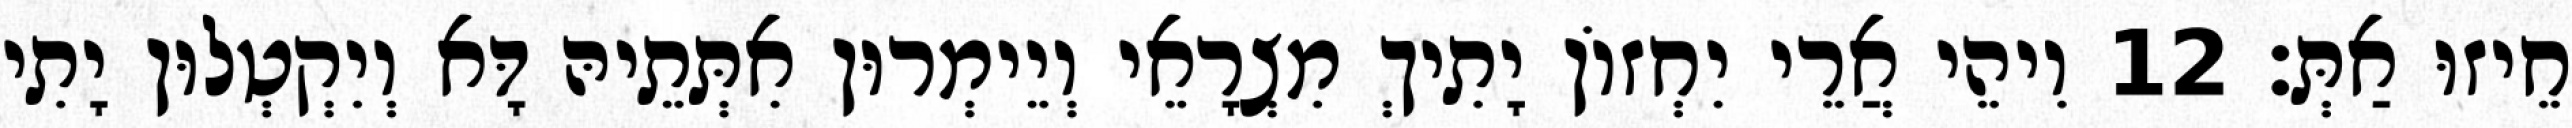
חֵיזוּ אַתְּ׃ 12 וִיהֵי אֲרֵי יִחְזוֹן יָתִיךְ מִצְרָאֵי וְיֵימְרוּן אִתְּתֵיהּ דָּא וְיִקְטְלוּן יָתִי